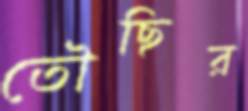
তৌছির